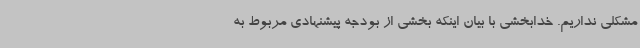
مشکلی نداریم. خدابخشی با بیان اینکه بخشی از بودجه پیشنهادی مربوط به